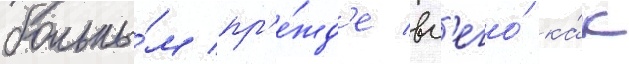
больны́м пр'е́жд'е вс'его́ ка́к